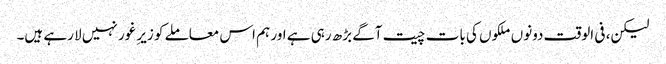
لیکن، فی الوقت دونوں ملکوں کی بات چیت آگے بڑھ رہی ہے اور ہم اس معاملے کو زیرِ غور نہیں لا رہے ہیں۔